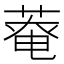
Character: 𫈸